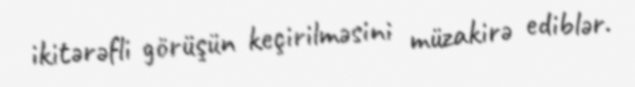
ikitərəfli görüşün keçirilməsini müzakirə ediblər.